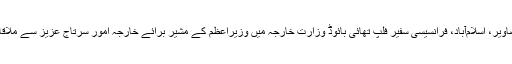
اسلام آباد کی تصاویر، اسلام‌آباد، فرانسیسی سفیر فلپ تھائی بائوڈ وزارت خارجہ میں وزیراعظم کے مشیر برائے خارجہ اُمور سرتاج عزیز سے ملاقات کر رہے ہیں۔